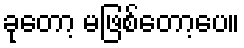
ခုတော့ မဖြစ်တော့ပေ။